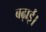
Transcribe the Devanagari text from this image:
बढ़ाईं।